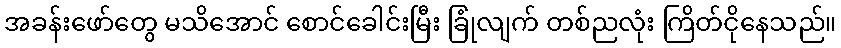
အခန်းဖော်တွေ မသိအောင် စောင်ခေါင်းမြီး ခြုံလျက် တစ်ညလုံး ကြိတ်ငိုနေသည်။